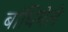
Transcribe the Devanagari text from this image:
बांधियेले